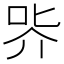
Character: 㖎